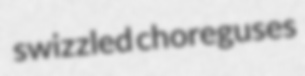
swizzled choreguses